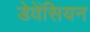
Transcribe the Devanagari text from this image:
डेवेंसियन